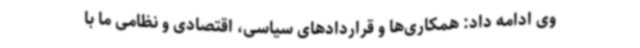
وی ادامه داد: همکاری‌ها و قراردادهای سیاسی، اقتصادی و نظامی ما با